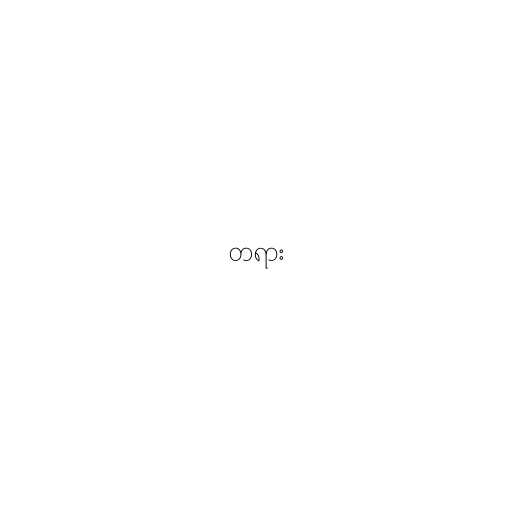
တရား